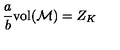
\frac { a } { b } \mathrm { v o l } ( { \cal M } ) = Z _ { K }